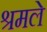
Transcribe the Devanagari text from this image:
श्रमले